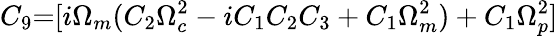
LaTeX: {C_{9}}\mathrm{{=}}[i{\Omega_{m}}({C_{2}}\Omega_{c}^{2}-i{C_{1}}{C_{2}}{C_{3}}+{C_{1}}\Omega_{m}^{2})+{C_{1}}\Omega_{p}^{2}]